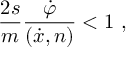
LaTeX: \frac { 2 s } { m } \frac { \dot { \varphi } } { ( \dot { x } , n ) } < 1 \ ,